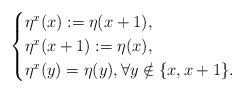
\begin{align*}\begin{cases}\eta^x(x):=\eta(x+1),\\\eta^x(x+1):=\eta(x),\\\eta^x(y)=\eta(y), \forall y\notin\{x,x+1\}.\end{cases}\end{align*}